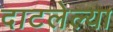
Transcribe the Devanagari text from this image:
दाटलेल्या